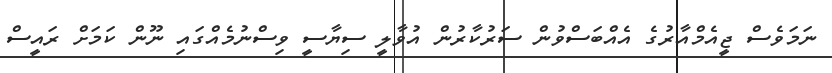
ނަމަވެސް ޖީއެމްއާރުގެ އެއްބަސްވުން ސަރުކާރުން އުވާލީ ސިޔާސީ ވިސްނުމެއްގައި ނޫން ކަމަށް ރައީސް